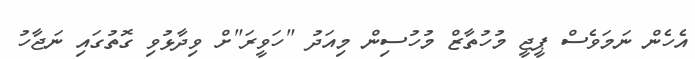
އެހެން ނަމަވެސް ޕީޖީ މުހުތާޒް މުހުސިން މިއަދު "ހަވީރަ"ށް ވިދާޅުވި ގޮތުގައި ނަޖާހު